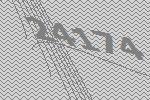
24174